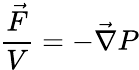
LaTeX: {\frac{\vec{F}}{V}}=-{\vec{\nabla}}P